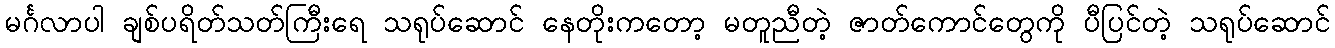
မင်္ဂလာပါ ချစ်ပရိတ်သတ်ကြီးရေ သရုပ်ဆောင် နေတိုးကတော့ မတူညီတဲ့ ဇာတ်ကောင်တွေကို ပီပြင်တဲ့ သရုပ်ဆောင်